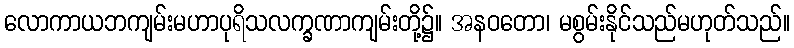
လောကာယဘကျမ်းမဟာပုရိသလက္ခဏာကျမ်းတို့၌။ အနဝတော၊ မစွမ်းနိုင်သည်မဟုတ်သည်။